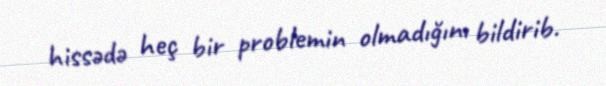
hissədə heç bir problemin olmadığını bildirib.